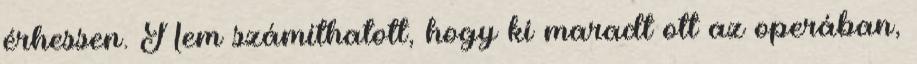
érhessen. Nem számíthatott, hogy ki maradt ott az operában,